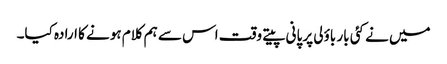
میں نے کئی بار باؤلی پر پانی پیتے وقت اس سے ہم کلام ہونے کا ارادہ کیا۔